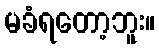
မခံရတော့ဘူး။